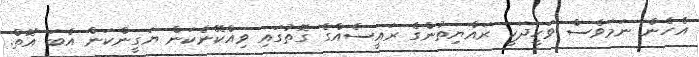
އެހެން ނަމަވެސް ވަހީދަކީ ރައްޔިތުންގެ ރައީސެއްގެ ގޮތުގައި ވިއްކޭނެކަން ޔަގީންކަން އެބަ އޮތް.